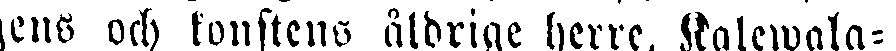
gens och konstens åldrige herre, Kalewala-